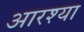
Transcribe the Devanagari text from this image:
आरश्या